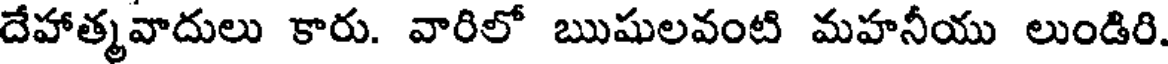
దేహాత్మవాదులు కారు. వారిలో ఋషులవంటి మహనీయు లుండిరి